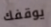
يوقفك